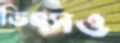
ভিএসও